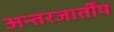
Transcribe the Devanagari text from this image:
अन्तरजार्तीय